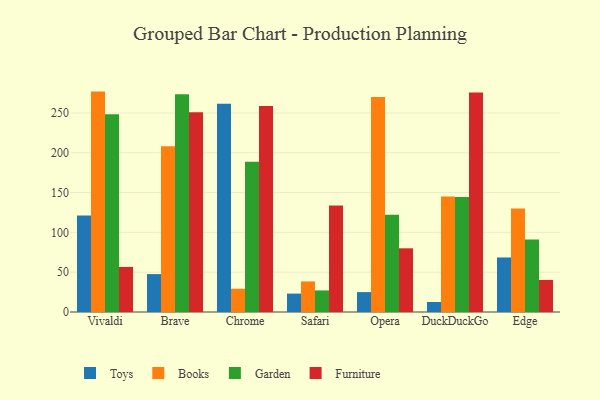
{"axis": {"x": "Browser", "y": "Active Users"}, "legend": ["Books", "Furniture", "Garden", "Toys"], "data": [{"x": "Vivaldi", "y": 121.2, "type": "Toys"}, {"x": "Vivaldi", "y": 276.8, "type": "Books"}, {"x": "Vivaldi", "y": 248.5, "type": "Garden"}, {"x": "Vivaldi", "y": 56.6, "type": "Furniture"}, {"x": "Brave", "y": 47.6, "type": "Toys"}, {"x": "Brave", "y": 208.3, "type": "Books"}, {"x": "Brave", "y": 273.4, "type": "Garden"}, {"x": "Brave", "y": 250.8, "type": "Furniture"}, {"x": "Chrome", "y": 261.5, "type": "Toys"}, {"x": "Chrome", "y": 29.2, "type": "Books"}, {"x": "Chrome", "y": 188.7, "type": "Garden"}, {"x": "Chrome", "y": 258.7, "type": "Furniture"}, {"x": "Safari", "y": 23.1, "type": "Toys"}, {"x": "Safari", "y": 38.4, "type": "Books"}, {"x": "Safari", "y": 27.1, "type": "Garden"}, {"x": "Safari", "y": 133.7, "type": "Furniture"}, {"x": "Opera", "y": 25.0, "type": "Toys"}, {"x": "Opera", "y": 269.9, "type": "Books"}, {"x": "Opera", "y": 122.2, "type": "Garden"}, {"x": "Opera", "y": 80.0, "type": "Furniture"}, {"x": "DuckDuckGo", "y": 12.6, "type": "Toys"}, {"x": "DuckDuckGo", "y": 145.0, "type": "Books"}, {"x": "DuckDuckGo", "y": 144.5, "type": "Garden"}, {"x": "DuckDuckGo", "y": 275.7, "type": "Furniture"}, {"x": "Edge", "y": 68.5, "type": "Toys"}, {"x": "Edge", "y": 129.9, "type": "Books"}, {"x": "Edge", "y": 91.1, "type": "Garden"}, {"x": "Edge", "y": 40.3, "type": "Furniture"}]}